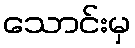
သောင်းမှ